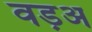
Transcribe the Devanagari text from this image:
वड़अ